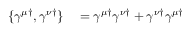
\begin{array} { r l r } { \{ \gamma ^ { \mu \dagger } , \gamma ^ { \nu \dagger } \} } & { { } = \gamma ^ { \mu \dagger } \gamma ^ { \nu \dagger } + \gamma ^ { \nu \dagger } \gamma ^ { \mu \dagger } } \end{array}